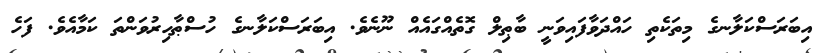
އިބަރަސްކަލާނގެ މިތަކެތި ހައްދަވާފައިވަނީ ބާޠިލް ގޮތެއްގައެއް ނޫނެވެ. އިބަރަސްކަލާނގެ ހުސްޠާހިރުވަންތަ ކަމާއެވެ. ފަހެ